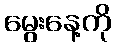
မွေးနေ့ကို